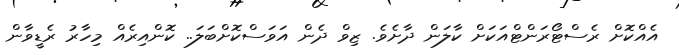
އެއްކޮށް ރެސްޓޯރަންޓްއަކަށް ކާލަން ދާށެވެ. ޒިވް ދެން އަވަސްކޮށްބަލަ.. ކޮންއިރެއް މިހާރު ރެޑީވާން